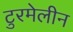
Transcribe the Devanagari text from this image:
टुरमेलीन